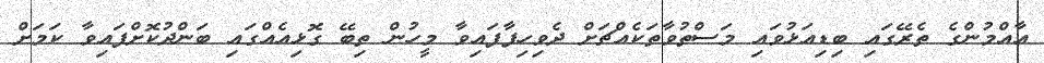
އާއްމުންގެ ތެރޭގައި ބިޑިއަޅުވައި މަސްތުވާތަކެއްޗަށް ދެވިހިފާފައިވާ މީހުން ތިބޭ ގޮޅިއެއްގައި ބަންދުކޮށްފައިވާ ކަމަށް